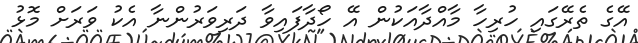
އޭގެ ތެރޭގައި ހުރިހާ މާއްދާއަކުން އޭ ހޯދާފައިވާ ދަރިވަރުންނާ އެކު ވަރަށް މޮޅު